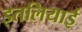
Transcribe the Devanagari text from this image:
इतलियाई